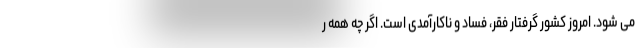
می شود. امروز کشور گرفتار فقر، فساد و ناکارآمدی است. اگر چه همه ر